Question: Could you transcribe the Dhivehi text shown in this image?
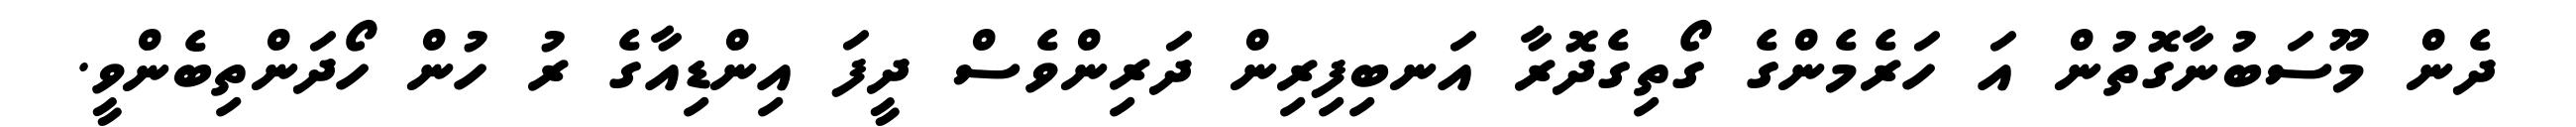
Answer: ދެން މޫސަބުނާގޮތުން އަ ހަރެމެންގެ ގޯތިގެދޮރާ އަނބިފިރިން ދަރިންވެސް ދީފަ އިންޑިއާގެ ރު ހުން ހޯދަންތިބެންވީ.